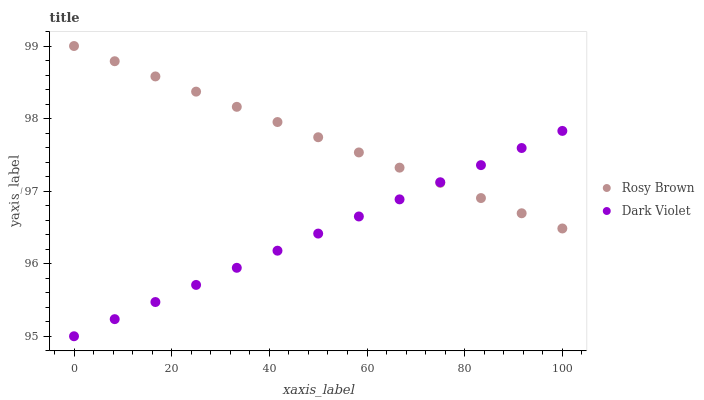
| xaxis_label | Rosy Brown | Dark Violet |
 | --- | --- | --- |
 | 0 | 99 | 95 |
 | 8.33 | 98.8 | 95.2 |
 | 16.7 | 98.6 | 95.5 |
 | 25 | 98.4 | 95.7 |
 | 33.3 | 98.2 | 95.9 |
 | 41.7 | 98 | 96.2 |
 | 50 | 97.7 | 96.4 |
 | 58.3 | 97.5 | 96.7 |
 | 66.7 | 97.3 | 96.9 |
 | 75 | 97.1 | 97.1 |
 | 83.3 | 96.9 | 97.4 |
 | 91.7 | 96.7 | 97.6 |
 | 100 | 96.5 | 97.8 |